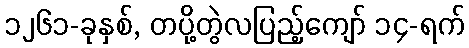
၁၂၆၁-ခုနှစ်, တပို့တွဲလပြည့်ကျော် ၁၄-ရက်